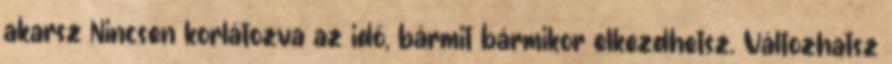
akarsz Nincsen korlátozva az idő, bármit bármikor elkezdhetsz. Változhatsz